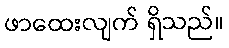
ဖာထေးလျက် ရှိသည်။